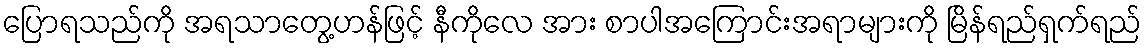
ပြောရသည်ကို အရသာတွေ့ဟန်ဖြင့် နီကိုလေ အား စာပါအကြောင်းအရာများကို မြိန်ရည်ရှက်ရည်